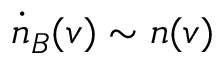
\dot { n } _ { B } ( v ) \sim n ( v )